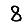
Digit: 8